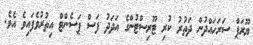
ޔޫރަޕް ސަރަހައްދުން ދަތުރު ކުރި ޓޫރިސްޓުންގެ އަދަދު ފަސް ޕަސެންޓް އިތުރުވެފައިވެ އެވެ.